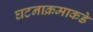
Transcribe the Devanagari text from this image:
घटनाक्रमाकडे